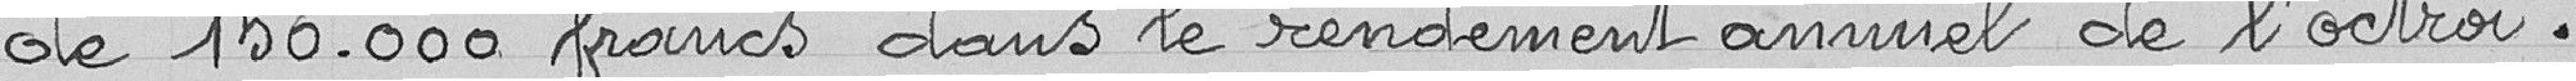
de 150 000 francs dans le rendement annuel de l’octroi.